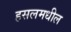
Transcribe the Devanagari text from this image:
हसलमधील